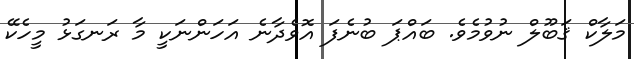
މަލާކް ޤަބޫލް ނުވުމެވެ. ބައްޕަ ބުނެފަ އޮވެދާނެ އަހަންނަކީ މާ ރަނގަޅު މީހެކޭ